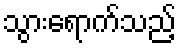
သွားရောက်သည့်